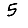
Digit: 5